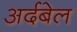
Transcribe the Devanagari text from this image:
अर्दबेल